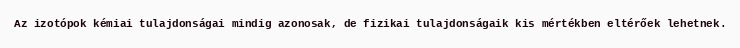
Az izotópok kémiai tulajdonságai mindig azonosak, de fizikai tulajdonságaik kis mértékben eltérőek lehetnek.